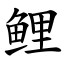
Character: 鲤